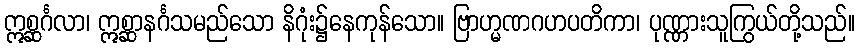
ဣစ္ဆင်္ဂလာ၊ ဣစ္ဆာနင်္ဂသမည်သော နိဂုံး၌နေကုန်သော။ ဗြာဟ္မဏဂဟပတိကာ၊ ပုဏ္ဏားသူကြွယ်တို့သည်။